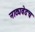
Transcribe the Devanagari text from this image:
नाट्यवेडच